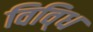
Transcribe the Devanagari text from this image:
विवि्ध